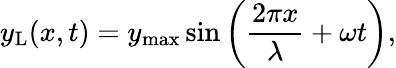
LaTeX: y_{\mathrm{L}}(x,t)=y_{\mathrm{max}}\sin\left({\frac{2\pi x}{\lambda}}+\omega t\right),